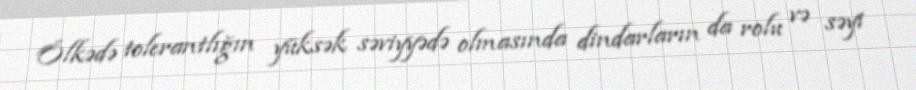
Ölkədə tolerantlığın yüksək səviyyədə olmasında dindarların da rolu və səyi